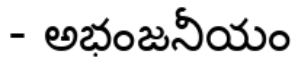
- అభంజనీయం